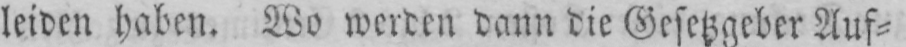
leiden haben. Wo werden dann die Gesetzgeber Auf⸗